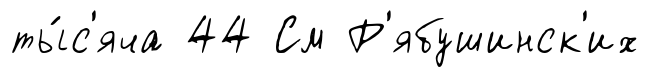
ты́с'яча 44 См Р'ябушинск'их